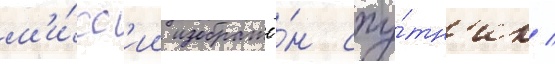
м'и́сс'ии изображё́н спу́тн'ик /